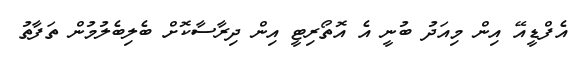
އެފްޑީއޭ އިން މިއަދު ބުނީ އެ އޮތޯރިޓީ އިން ދިރާސާކޮށް ބެލިބެލުމުން ތަފާތު